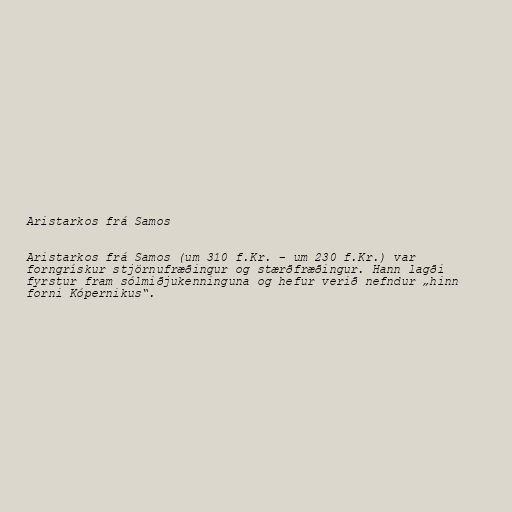
Aristarkos frá Samos

Aristarkos frá Samos (um 310 f.Kr. – um 230 f.Kr.) var
forngrískur stjörnufræðingur og stærðfræðingur. Hann lagði
fyrstur fram sólmiðjukenninguna og hefur verið nefndur „hinn
forni Kópernikus“.